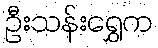
ဦးသန်းရွှေက